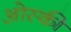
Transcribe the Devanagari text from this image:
ओस्की